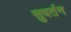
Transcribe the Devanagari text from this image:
सुवर्तन